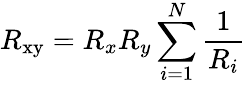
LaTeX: R_{\mathrm{xy}}=R_{x}R_{y}\sum_{i=1}^{N}{\frac{1}{R_{i}}}